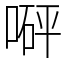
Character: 𠹶